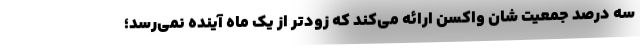
سه درصد جمعیت شان واکسن ارائه می‌کند که زودتر از یک ماه آینده نمی‌رسد؛